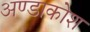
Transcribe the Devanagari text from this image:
अण्डाकोश